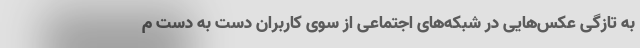
به تازگی عکس‌هایی در شبکه‌های اجتماعی از سوی کاربران دست به دست م